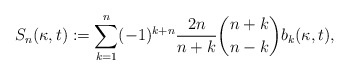
\begin{align*}S_n(\kappa,t) := \sum_{k=1}^n(-1)^{k+n} \frac{2n}{n+k}\binom{n+k}{n-k} b_k(\kappa,t),\end{align*}